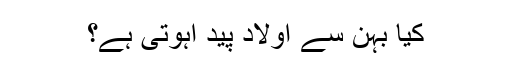
کیا بہن سے اولاد پید اہوتی ہے؟